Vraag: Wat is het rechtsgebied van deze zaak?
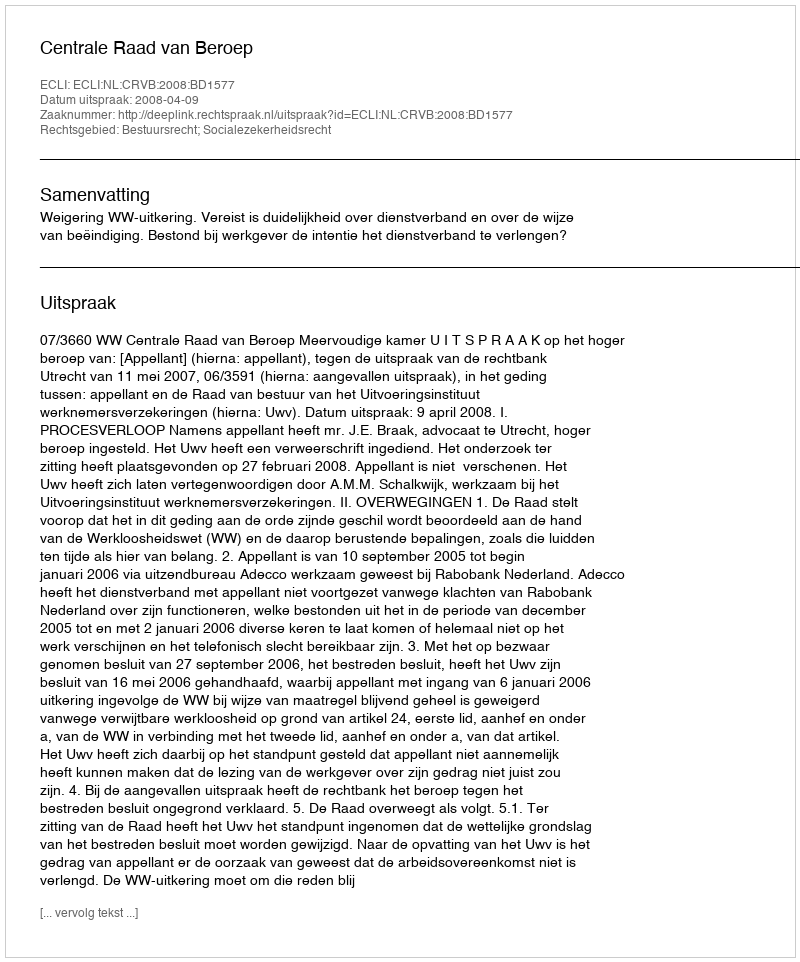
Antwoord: Bestuursrecht; Socialezekerheidsrecht